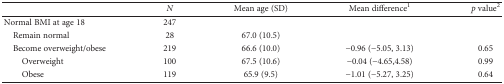
<table><thead><tr><td></td><td><b><i>N</i></b></td><td><b>Mean age (SD)</b></td><td><b>Mean difference<sup>1</sup></b></td><td><b><i>p</i> value<sup>2</sup></b></td></tr></thead><tbody><tr><td>Normal BMI at age 18</td><td>247</td><td></td><td></td><td></td></tr><tr><td> Remain normal</td><td>28</td><td>67.0 (10.5)</td><td></td><td></td></tr><tr><td> Become overweight/obese</td><td>219</td><td>66.6 (10.0)</td><td>−0.96 (−5.05, 3.13)</td><td>0.65</td></tr><tr><td>Overweight</td><td>100</td><td>67.5 (10.6)</td><td>−0.04 (−4.65,4.58)</td><td>0.99</td></tr><tr><td>Obese</td><td>119</td><td>65.9 (9.5)</td><td>−1.01 (−5.27, 3.25)</td><td>0.64</td></tr></tbody></table>